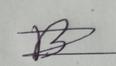
Signature authenticity: forged